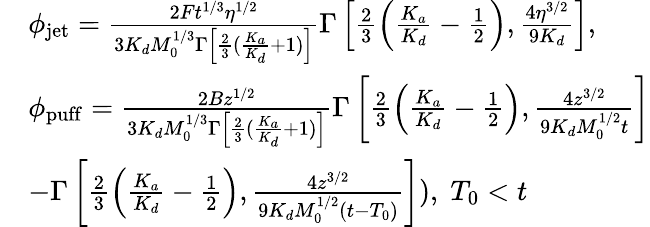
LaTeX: \begin{array}{rl}&{\phi_{\mathrm{jet}}=\frac{2Ft^{1/3}\eta^{1/2}}{3K_{d}M_{0}^{1/3}\Gamma\left[\frac{2}{3}(\frac{K_{a}}{K_{d}}+1)\right]}\Gamma\left[\frac{2}{3}\left(\frac{K_{a}}{K_{d}}-\frac{1}{2}\right),\frac{4\eta^{3/2}}{9K_{d}}\right],}\\ &{\phi_{\mathrm{puff}}=\frac{2Bz^{1/2}}{3K_{d}M_{0}^{1/3}\Gamma\left[\frac{2}{3}(\frac{K_{a}}{K_{d}}+1)\right]}\Gamma\left[\frac{2}{3}\left(\frac{K_{a}}{K_{d}}-\frac{1}{2}\right),\frac{4z^{3/2}}{9K_{d}M_{0}^{1/2}t}\right]}\\ &{-\Gamma\left[\frac{2}{3}\left(\frac{K_{a}}{K_{d}}-\frac{1}{2}\right),\frac{4z^{3/2}}{9K_{d}M_{0}^{1/2}(t-T_{0})}\right]),\; T_{0}<t}\end{array}